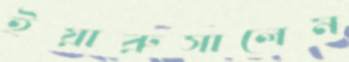
ইয়ারুসালেম